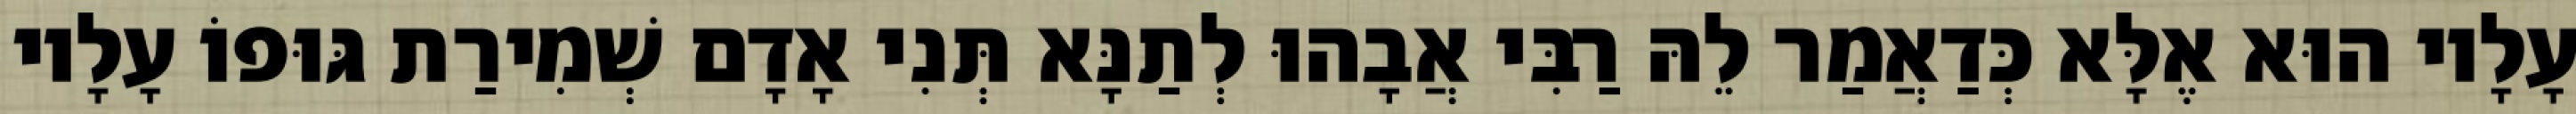
עָלָיו הוּא אֶלָּא כְּדַאֲמַר לֵהּ רַבִּי אֲבָהוּ לְתַנָּא תְּנִי אָדָם שְׁמִירַת גּוּפוֹ עָלָיו